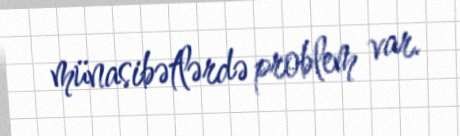
münasibətlərdə problem var.